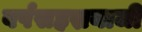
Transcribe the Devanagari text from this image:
वर्षसहस्रयाजी